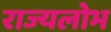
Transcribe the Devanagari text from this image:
राज्यलोभ